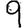
Digit: 9